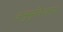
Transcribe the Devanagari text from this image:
अनुभूतिजन्य